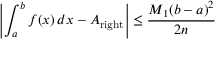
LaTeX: \left\vert \int _ { a } ^ { b } f ( x ) \, d x - A _ { \mathrm { r i g h t } } \right\vert \leq { \frac { M _ { 1 } ( b - a ) ^ { 2 } } { 2 n } }